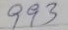
993